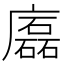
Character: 𢋧